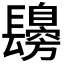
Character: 𨲾